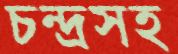
চন্দ্রসহ